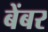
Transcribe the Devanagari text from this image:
बेंबर